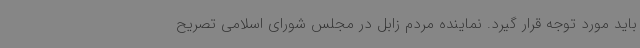
باید مورد توجه قرار گیرد. نماینده مردم زابل در مجلس شورای اسلامی تصریح